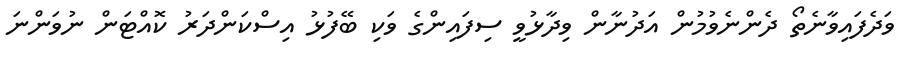
ވަދެފައިވާނެތޯ ދެންނެވުމުން އަދުނާން ވިދާޅުވީ ސިފައިންގެ ވަކި ބޭފުޅު އިސްކަންދަރު ކޮއްޓަން ނުވަންނަ